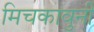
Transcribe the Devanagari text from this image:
मिचकावुनी